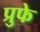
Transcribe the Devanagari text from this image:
प्रुफे